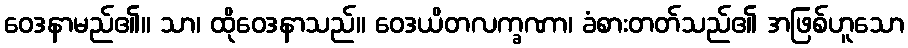
ဝေဒနာမည်၏။ သာ၊ ထိုဝေဒနာသည်။ ဝေဒယိတလက္ခဏာ၊ ခံစားတတ်သည်၏ အဖြစ်ဟူသော